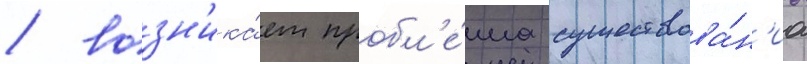
/ возн'ика́ет пробл'е́ма существова́н'иа